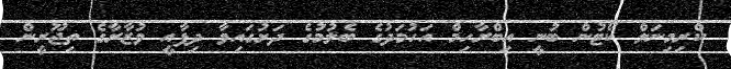
ކްރިމިނަލް ކޯޓުން ބުނީ އިބްރާހިމް އަހުމަދުގެ ބެލުމުގެ ދަށުގައިވާ ދިފާއީ ވުޒާރާގެ ތިޖޫރީން